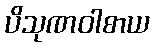
ပိသုဏဝါစာယ